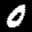
Label: 0